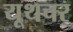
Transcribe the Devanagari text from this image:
यूथचर